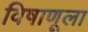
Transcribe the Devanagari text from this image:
विषाणूला